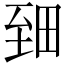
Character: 𱼪